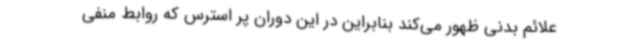
علائم بدنی ظهور می‌کند بنابراین در این دوران پر استرس که روابط منفی